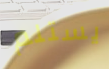
يستلم